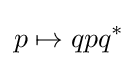
p\mapsto qpq^{*}\,\!